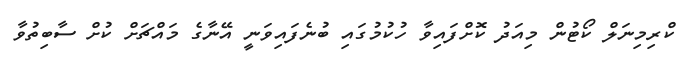
ކްރިމިނަލް ކޯޓުން މިއަދު ކޮށްފައިވާ ހުކުމުގައި ބުނެފައިވަނީ އޭނާގެ މައްޗަށް ކުށް ސާބިތުވާ